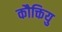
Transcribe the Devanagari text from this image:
कौक्तियु